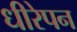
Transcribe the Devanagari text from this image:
धीरेपन